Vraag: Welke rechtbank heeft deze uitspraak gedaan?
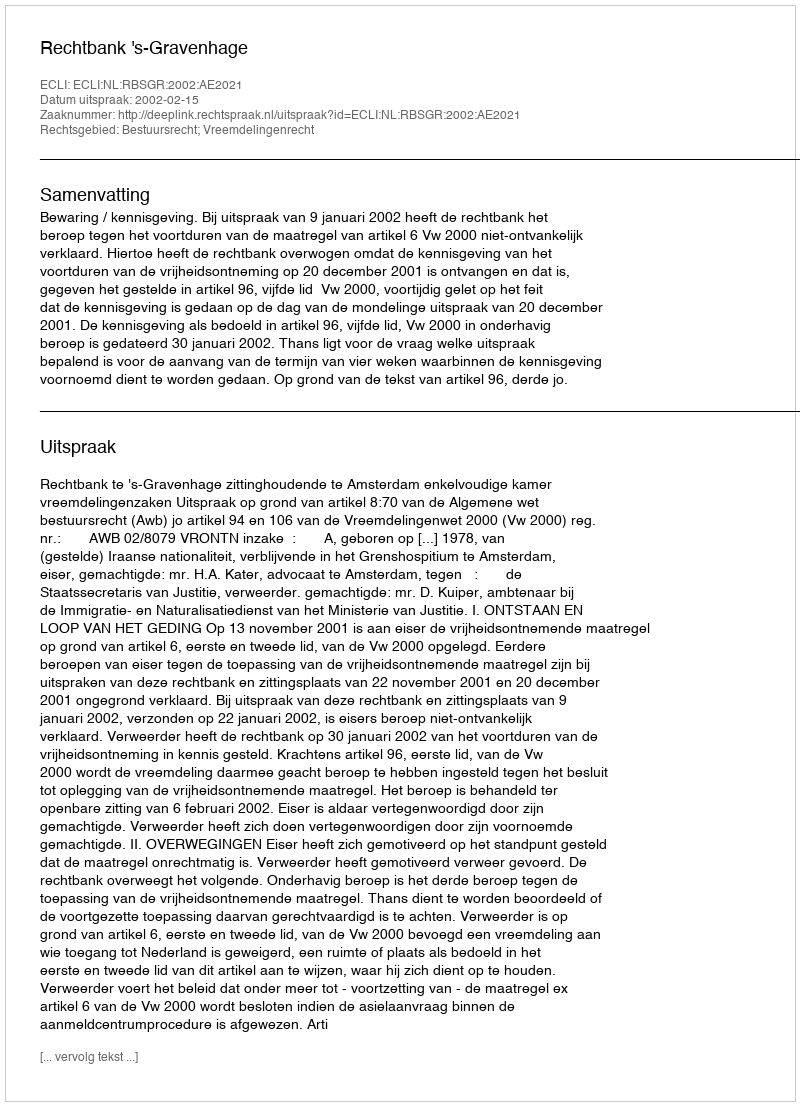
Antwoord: Rechtbank 's-Gravenhage